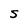
Character: S